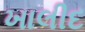
ખાલીદ